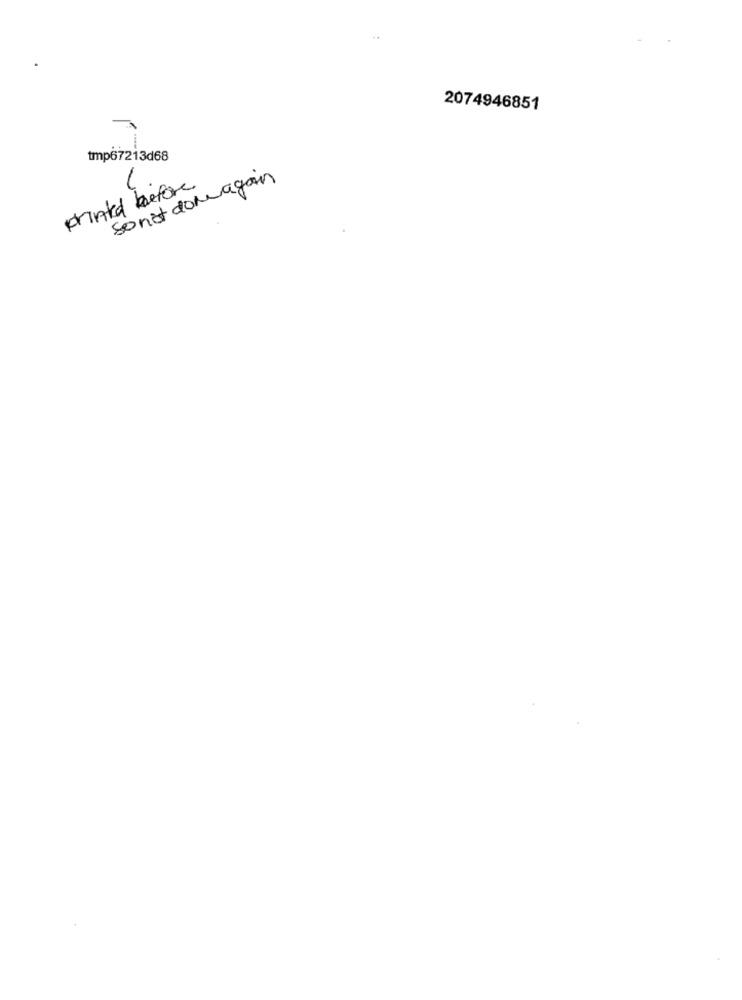
2074946851
tmp67213d68
Sonst domagain
printed before